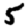
Digit: 5